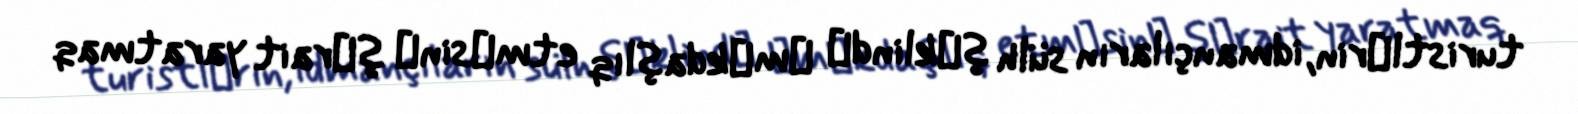
turistlәrin, idmançıların sülh şәklindә әmәkdaşlıq etmәsinә şәrait yaratmaq